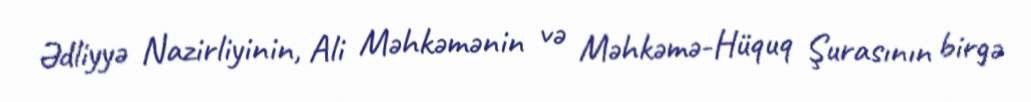
Ədliyyə Nazirliyinin, Ali Məhkəmənin və Məhkəmə-Hüquq Şurasının birgə